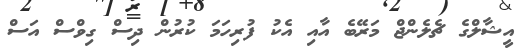
އީޝާލްގެ ޗެލެންޖް މަރޭބެ އާއި އެކު ފުރިހަމަ ކުރުން ދިސް ގިވްސް އަސް